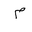
Letter: _mim